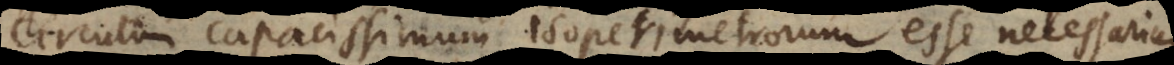
circulum capacissimum isoperimetrorum esse necessarium.